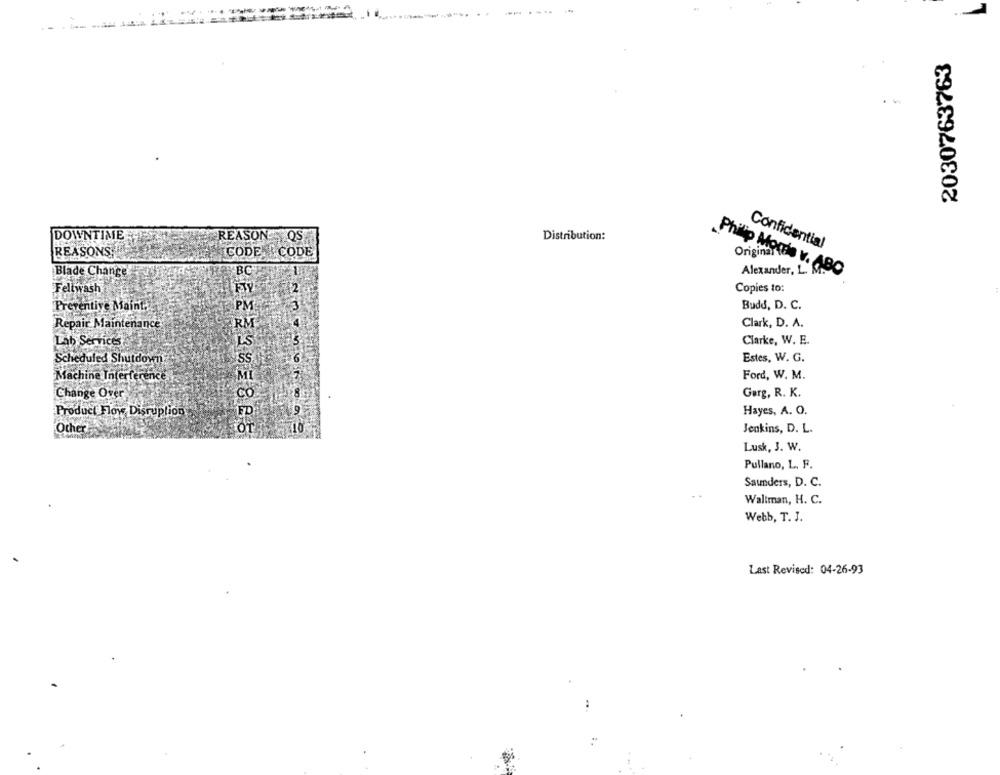
------
2030763763
DOWNTIME
REASON OS
Distribution:
Confidential
REASONS
CODE CODE
Original
Blade Change
BC
Philip Morris v. ABC
Alexander, L. M.
Feltwash
Copies to:
Preventive Maint.
PM
Budd, D. C.
Repair Maintenance
Clark, D. A.
Lab Services
LS
Clarke, W. E.
Scheduled Shutdown
Estes, W. G.
Machine Interference
MI
Ford, W. M.
Change Over
8
Gerg, R. K.
9
Hayes, A. O.
Product Flow Disruption
Other
8622385865
Jenkins, D. L.
Lusk, J. W.
Pullano, L. F.
Saunders, D. C.
Waltman, H. C.
Webb, T. J.
Last Revised: 04-26-93